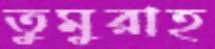
তুমুরাহ